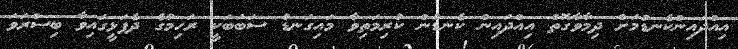
އިއްދައިންކެނޑުމަށް ދިމާވާގޮތް އިއްދައިން ކެނޑުން ކުރިމަތިވާ މައިގަނޑު ސަބަބަކީ ރަހިމުގެ ދެފަޅީގައިވާ ބިސްރަވަ